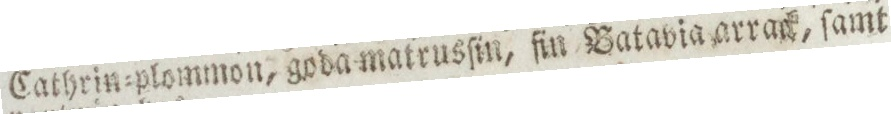
Cathrin=plommon, goda matrusſin, ſin Batavia arrack, ſamt